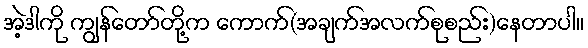
အဲ့ဒါကို ကျွန်တော်တို့က ကောက်(အချက်အလက်စုစည်း)နေတာပါ။